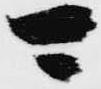
可